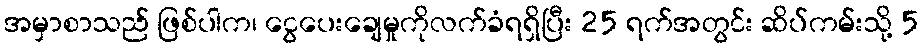
အမှာစာသည် ဖြစ်ပါက၊ ငွေပေးချေမှုကိုလက်ခံရရှိပြီး 25 ရက်အတွင်း ဆိပ်ကမ်းသို့ 5